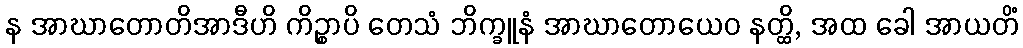
န အာဃာတောတိအာဒီဟိ ကိဉ္စာပိ တေသံ ဘိက္ခူနံ အာဃာတောယေဝ နတ္ထိ, အထ ခေါ အာယတိံ